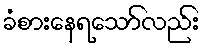
ခံစားနေရသော်လည်း